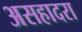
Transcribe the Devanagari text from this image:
असहादरा